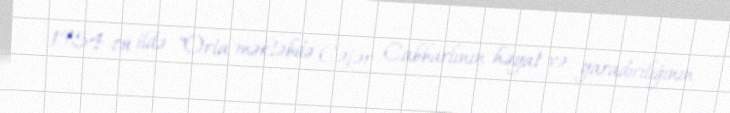
1954-cü ildə "Orta məktəbdə Cəfər Cabbarlının həyat və yaradıcılığının